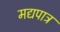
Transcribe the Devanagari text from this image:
मद्यपात्र